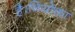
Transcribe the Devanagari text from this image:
है।नियोक्ता